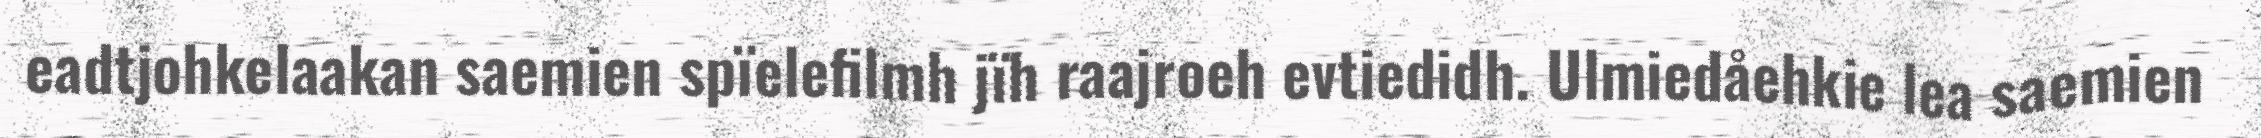
eadtjohkelaakan saemien spïelefilmh jïh raajroeh evtiedidh. Ulmiedåehkie lea saemien